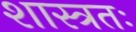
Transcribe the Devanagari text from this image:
शास्त्रतः